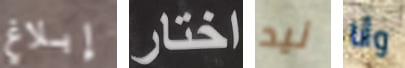
إبلاغ اختار نيد وأنا